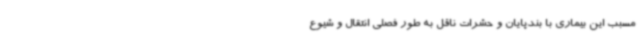
مسبب این بیماری با بندپایان و حشرات ناقل به طور فصلی انتقال و شیوع